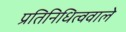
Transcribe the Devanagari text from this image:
प्रतिनिधित्ववाले